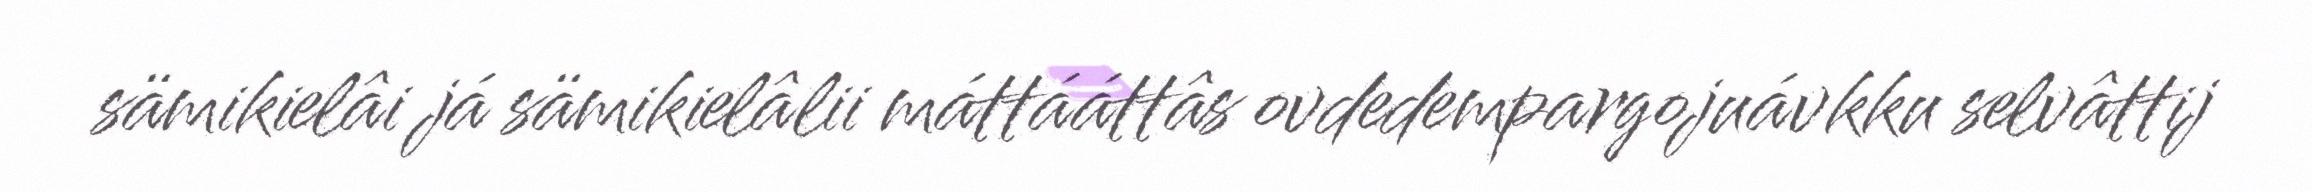
sämikielâi já sämikielâlii máttááttâs ovdedempargojuávkku selvâttij